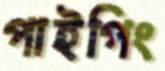
পাইপিং